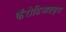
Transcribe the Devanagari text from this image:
कॅरोटिनाइड्स